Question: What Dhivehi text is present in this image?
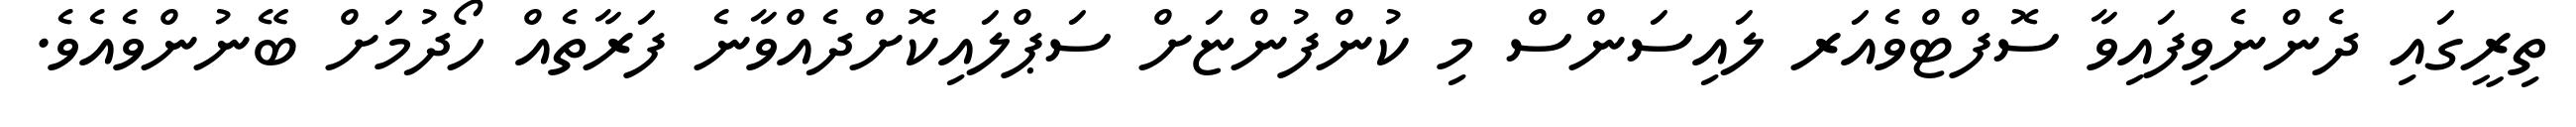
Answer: ތިރީގައި ދެންނެވިފައިވާ ސޮފްޓްވެއަރ ލައިސަންސް މި ކުންފުންޏަށް ސަޕްލައިކޮށްދެއްވާނެ ފަރާތެއް ހޯދުމަށް ބޭނުންވެއެވެ.